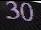
30